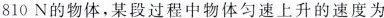
810N的物体，某段过程中物体匀速上升的速度为